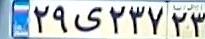
۲۹ی۲۳۷۲۳